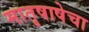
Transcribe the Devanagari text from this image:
मातृषाषेचा